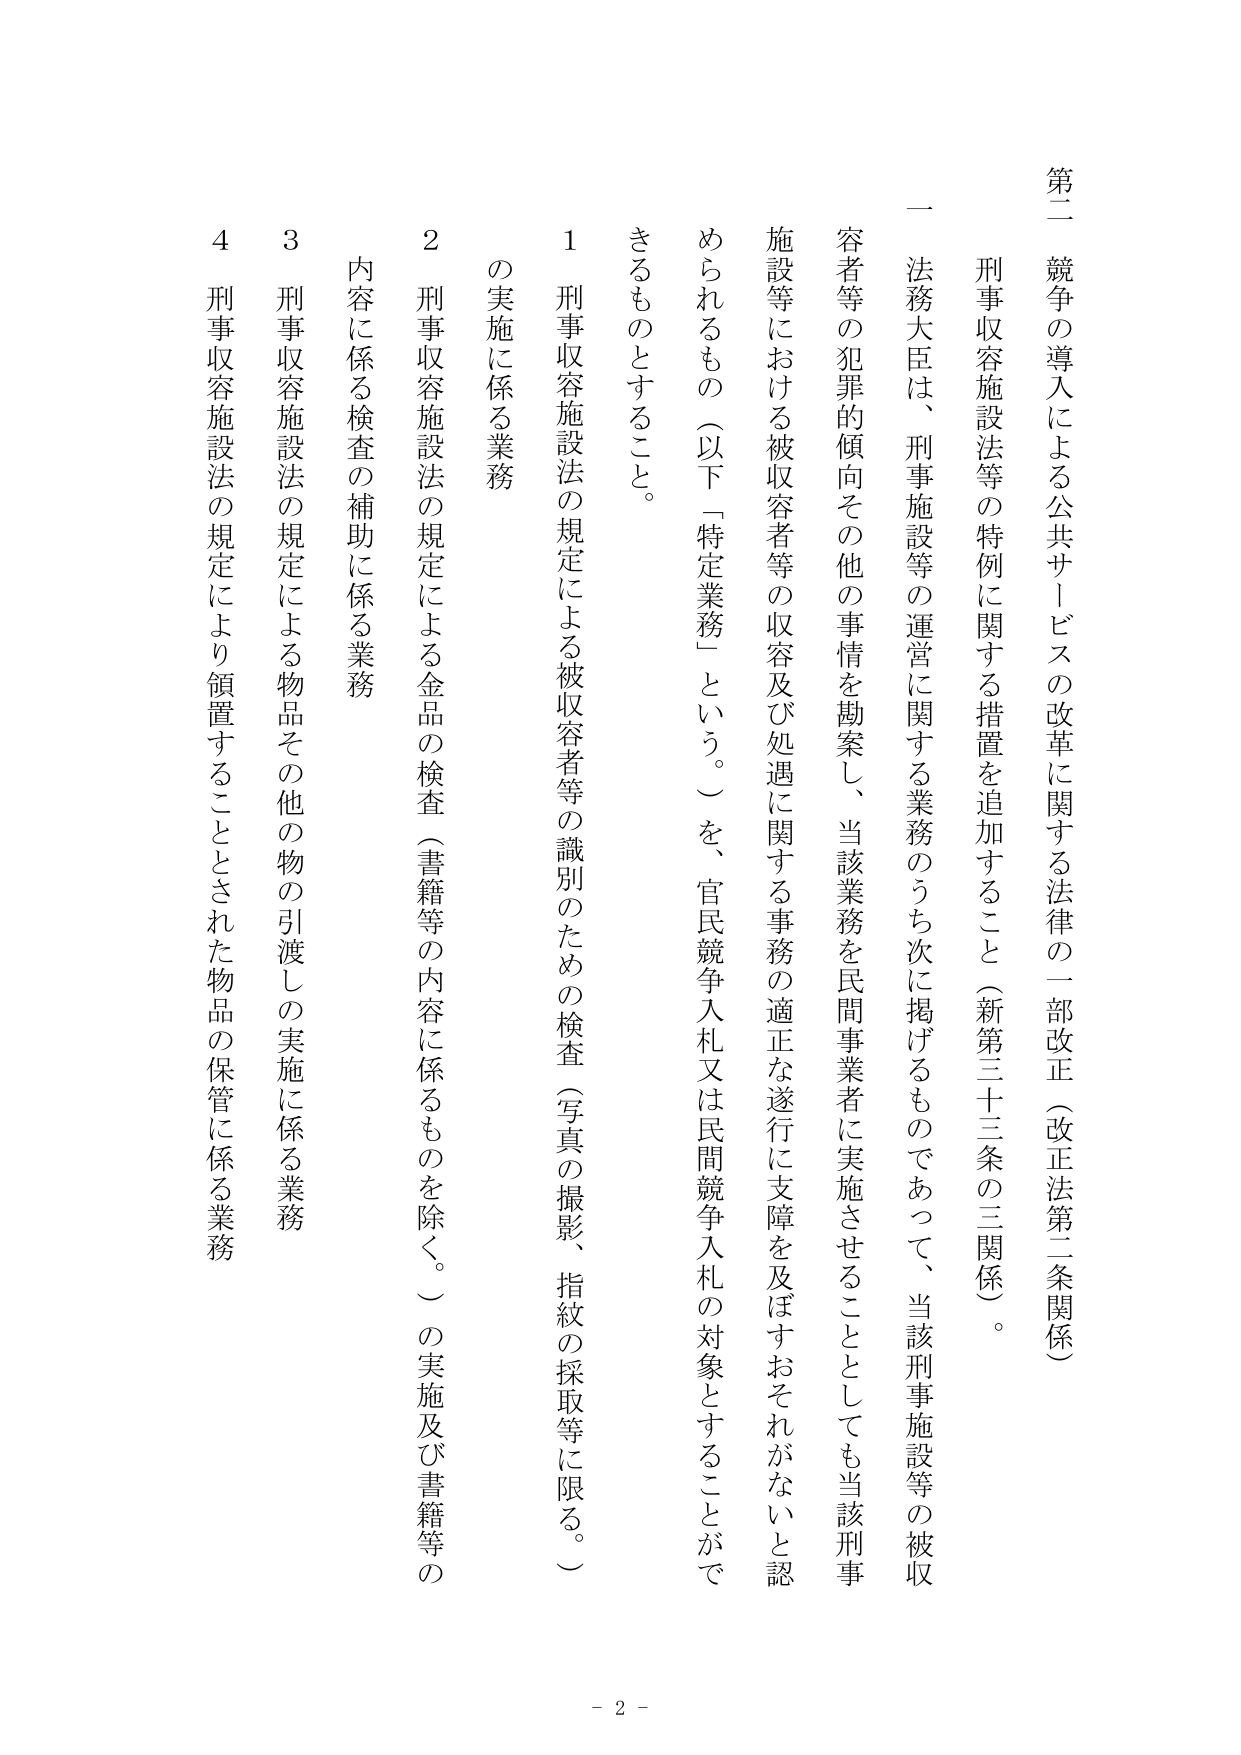
第二 競争の導入による公共サービスの改革に関する法律の一部改正（改正法第二条関係）

刑事収容施設法等の特例に関する措置を追加すること（新第三十三条の三関係）。

一 法務大臣は、刑事施設等の運営に関する業務のうち次に掲げるものであって、当該刑事施設等の被収容者等の犯罪的傾向その他の事情を勘案し、当該業務を民間事業者に実施させることとしても当該刑事施設等における被収容者等の収容及び処遇に関する事務の適正な遂行に支障を及ぼすおそれがないと認められるもの（以下「特定業務」という。）を、官民競争入札又は民間競争入札の対象とすることがで きるものとすること。

１ 刑事収容施設法の規定による被収容者等の識別のための検査（写真の撮影、指紋の採取等に限る。）の実施に係る業務

２ 刑事収容施設法の規定による金品の検査（書籍等の内容に係るものを除く。）の実施及び書籍等の内容に係る検査の補助に係る業務

３ 刑事収容施設法の規定による物品その他の物の引渡しの実施に係る業務

４ 刑事収容施設法の規定により領置することとされた物品の保管に係る業務

- 2 -